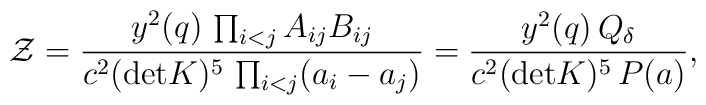
{\cal Z} = { y^2(q)  \, \prod_{i<j} A_{ij} B_{ij} \over c^2 ({\rm det} K)^5\, \prod_{i<j} (a_i - a_j) } = { y^2(q)  \,   Q_\delta \over c^2 ({\rm det} K)^5\,  P(a) }  ,